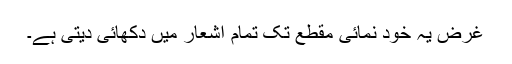
غرض یہ خود نمائی مقطع تک تمام اشعار میں دکھائی دیتی ہے۔